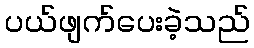
ပယ်ဖျက်ပေးခဲ့သည်